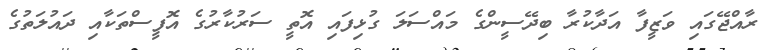
ރާއްޖޭގައި ވަޒީފާ އަދާކުރާ ބިދޭސީންގެ މައްސަލަ ގުޅިފައި އޮތީ ސަރުކާރުގެ އޮފީސްތަކާއި ދައުލަތުގެ